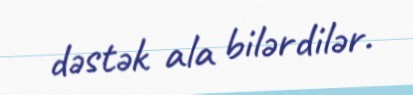
dəstək ala bilərdilər.